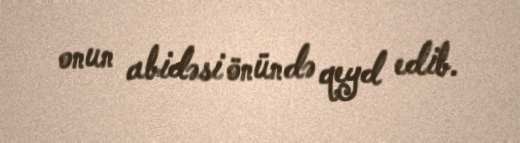
onun abidəsi önündə qeyd edib.